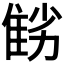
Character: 𨾻